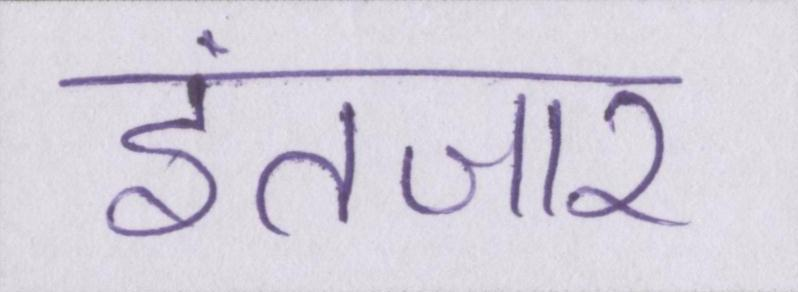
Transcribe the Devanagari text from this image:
इंतजार